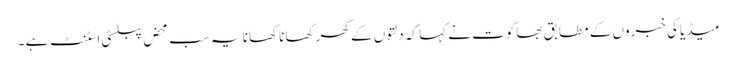
میڈیا کی خبروں کے مطابق بھاگوت نے کہا کہ دلتوں کے گھر کھانا کھانا یہ سب محض پبلسٹی اسٹنٹ ہے ۔